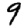
Digit: 9